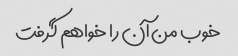
خوب من آن را خواهم گرفت